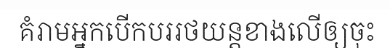
គំរាមអ្នកបើកបររថយន្តខាងលើឲ្យចុះ